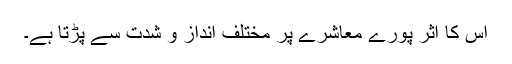
اس کا اثر پورے معاشرے پر مختلف انداز و شدت سے پڑتا ہے۔